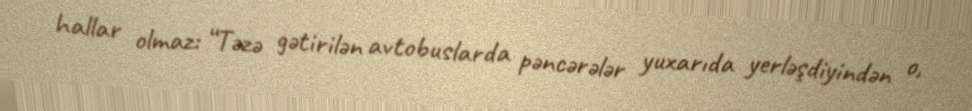
hallar olmaz: “Təzə gətirilən avtobuslarda pəncərələr yuxarıda yerləşdiyindən o,